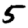
Digit: 5